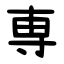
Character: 専